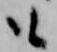
も